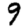
Digit: 9